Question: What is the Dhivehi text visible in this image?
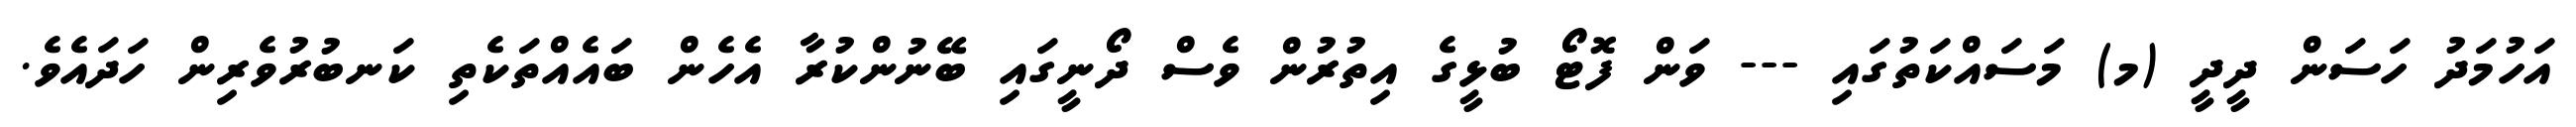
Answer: އަހުމަދު ހަސަން ދީދީ (މ) މަސައްކަތުގައި --- ވަން ފޮޓޯ ބުޅީގެ އިތުރުން ވެސް ދޯނީގައި ބޭނުންކުރާ އެހެން ބައެއްތަކެތި ކަނބުރުވެރިން ހަދައެވެ.